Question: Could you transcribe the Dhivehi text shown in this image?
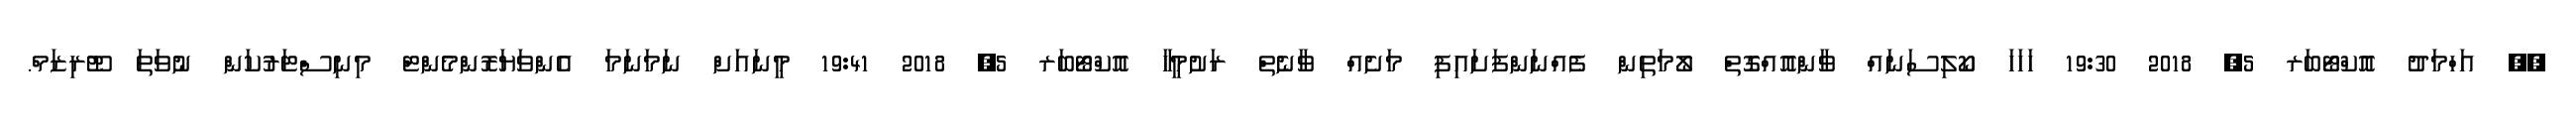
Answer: ?? އަހްމަދު އޮކްޓޯބަރ 5, 2018 19:30 ހަހަހަ ކޯލިސަނައް ވާންއޮއްގޮތް ލޯމަތިން ފެއްނަންފަށައިފި މަށެއް ވާނެތް ރަށުމީހާ އޮކްޓޯބަރ 5, 2018 19:41 މީނައަށް ނަމަނަމަ އެންވަޔަރޮންމެންޓް މިނިސްޓަރުކަން ނުވަތަ ޓޫރިޒަމް.